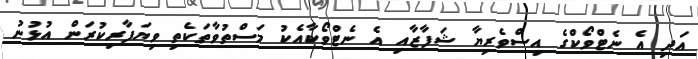
އަދި އެ ނެޓްވޯކްގެ އިސްވެރިޔާ ޝަފާޒާއި އެ ނެޓްވޯކާއެކު މަސްތުވާތަކެތި ވިޔަފާރިކުރަން އުޅުނު